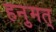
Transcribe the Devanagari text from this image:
हनुमत्